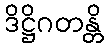
ဒိဋ္ဌိဂတန္တိ